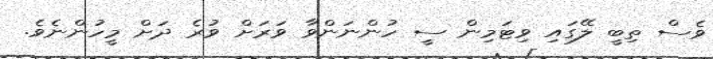
ވެސް ތިބީ ލޭގައި ވިޓަމިން ސީ ހުންނަންވާ ވަރަށް ވުރެ ދަށް މީހުންނެވެ.